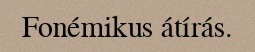
Fonémikus átírás.